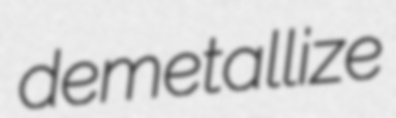
demetallize